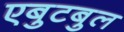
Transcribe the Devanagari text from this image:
एबुटबुल